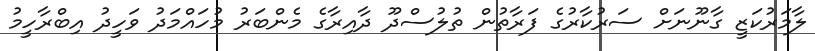
ލާމަރުކަޒީ ގާނޫނަށް ސަރުކާރުގެ ފަރާތުން ތުލުސްދޫ ދާއިރާގެ މެންބަރު މުހައްމަދު ވަހީދު އިބްރާހީމު